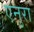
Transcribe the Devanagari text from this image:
एनुरा